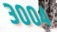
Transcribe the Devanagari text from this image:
३००४